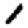
Digit: 1